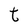
Character: t